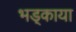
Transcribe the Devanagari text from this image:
भड़्काया